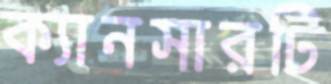
ক্যানসারটি